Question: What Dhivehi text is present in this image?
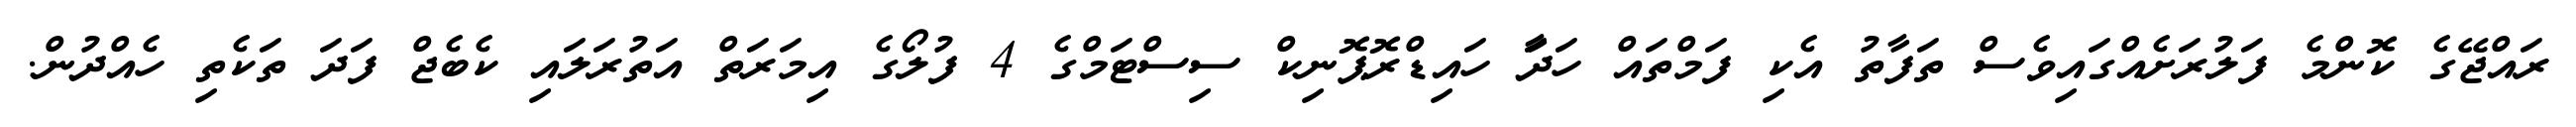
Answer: ރައްޖޭގެ ކޮންމެ ފަލުރަށެއްގައިވެސް ތަފާތު އެކި ފަމްތައް ހަދަާ ހައިޑްރޮޕޮނިކް ސިސްޓަމްގެ 4 ފުލޯގެ އިމަރަތް އަތުރަލައި ކެބެޖް ފަދަ ތަކެތި ހެއްދުން.